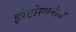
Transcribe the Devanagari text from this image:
इरेटोस्थनीज